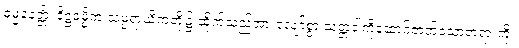
ဓမ္မနေတ္တိံ၊ ဒိဋ္ဌဓမ္မိက သမ္ပရာယိကတို့၌ ထိုက်သည်အားလျော်စွာ သတ္တဝါကိုဆောင်တတ်သောတရားကို။